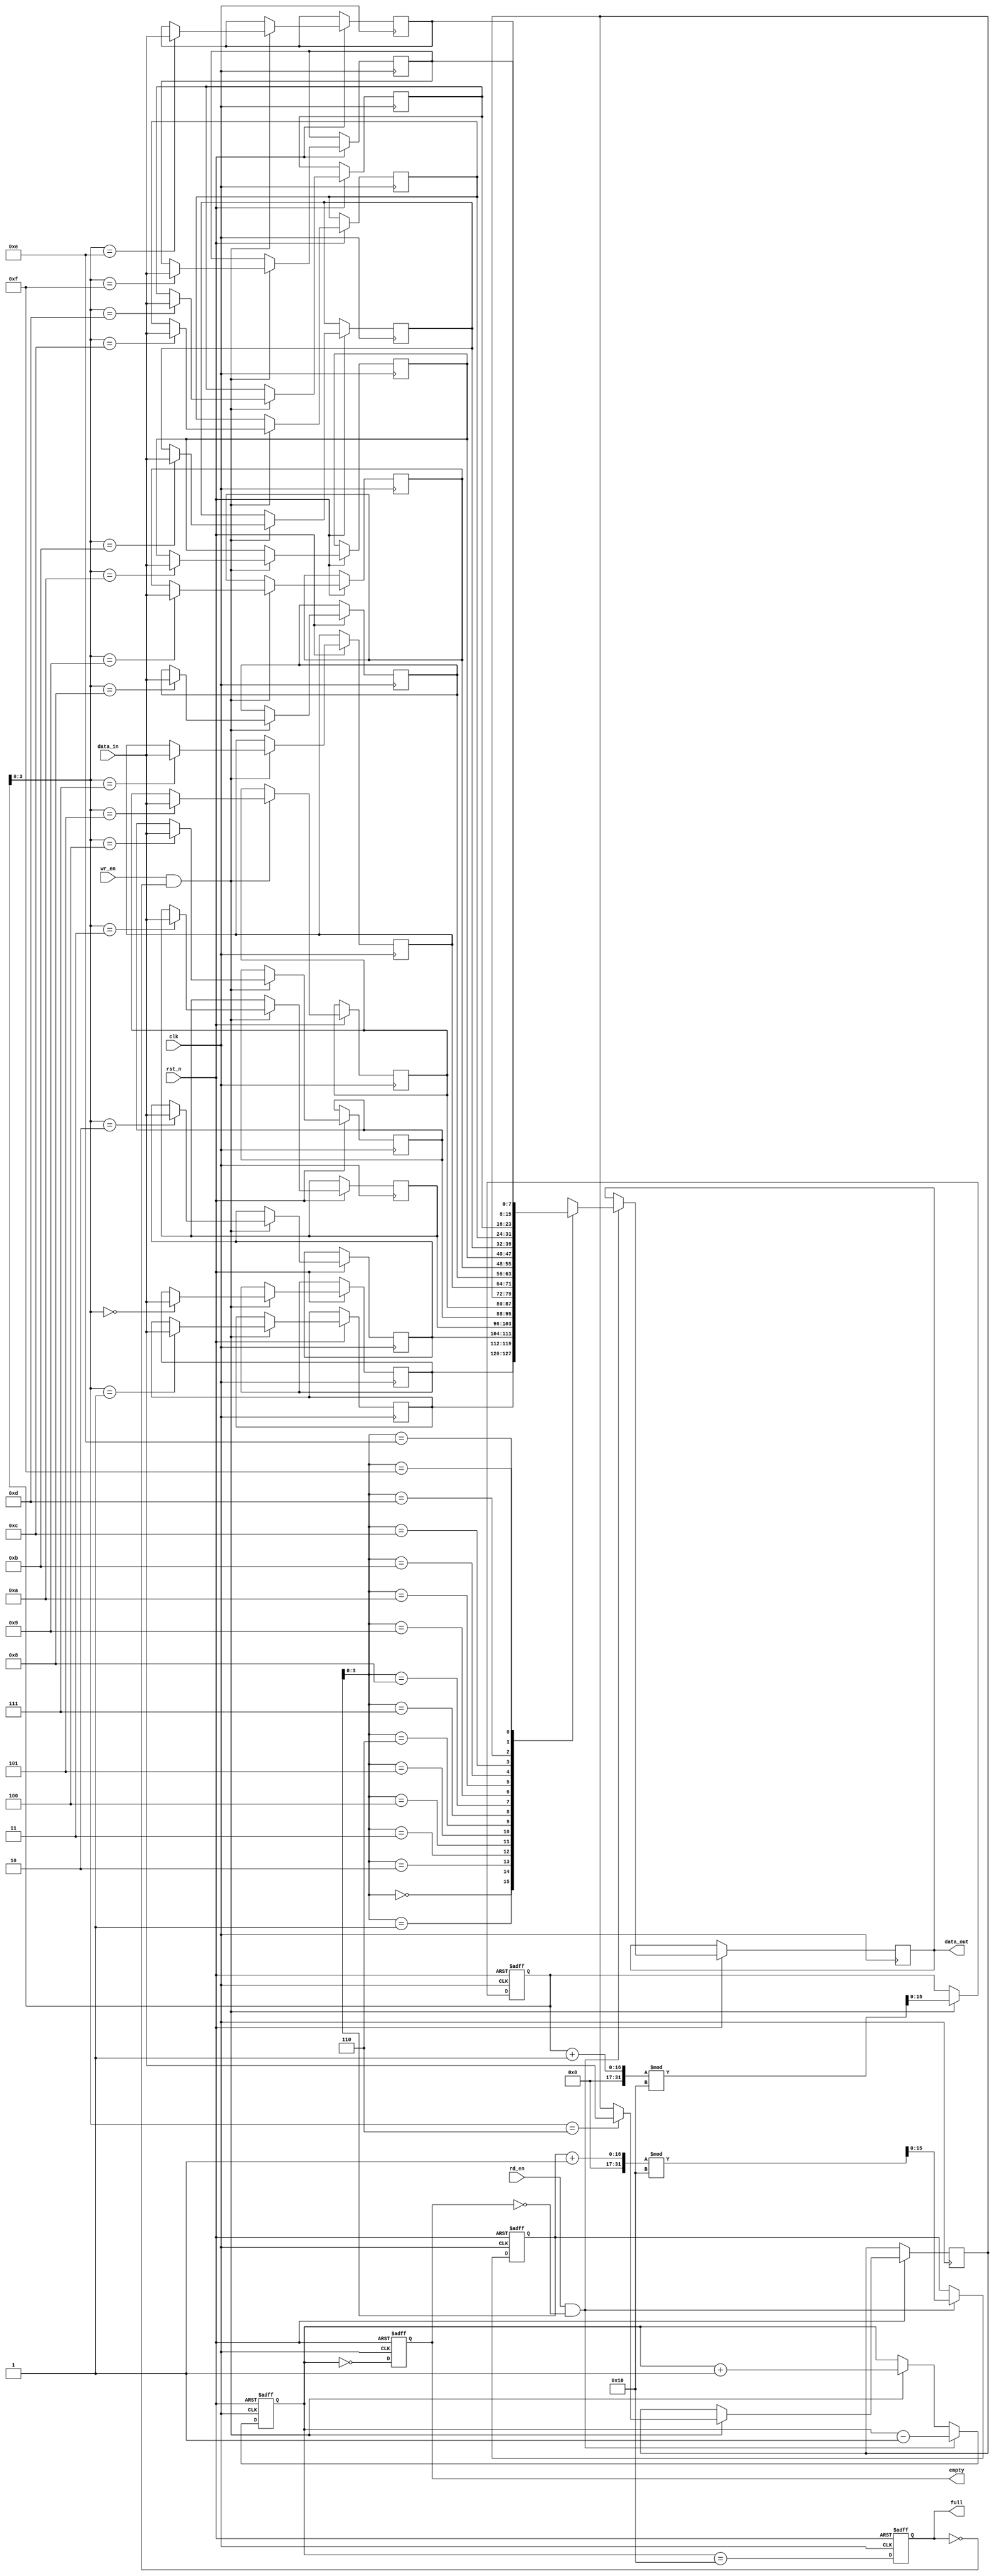
module fifo_sram #(parameter N = 16, // Depth of FIFO
                    parameter M = 8)  // Width of each entry
(
    input wire clk,              // Clock signal
    input wire rst_n,            // Asynchronous reset (active low)
    input wire wr_en,            // Write enable
    input wire rd_en,            // Read enable
    input wire [M-1:0] data_in,  // Data input
    output reg [M-1:0] data_out,  // Data output
    output reg full,             // Full flag
    output reg empty             // Empty flag
);

    // Memory array
    reg [M-1:0] mem [0:N-1]; // N entries of M bits each

    // Pointers
    reg [N-1:0] wr_ptr; // Write pointer
    reg [N-1:0] rd_ptr; // Read pointer
    reg [N:0] count;    // Number of entries in FIFO

    // Asynchronous reset
    always @(posedge clk or negedge rst_n) begin
        if (!rst_n) begin
            wr_ptr <= 0;
            rd_ptr <= 0;
            count <= 0;
            full <= 0;
            empty <= 1;
        end else begin
            // Write operation
            if (wr_en && !full) begin
                mem[wr_ptr] <= data_in; // Write data to memory
                wr_ptr <= (wr_ptr + 1) % N; // Increment and wrap write pointer
                count <= count + 1; // Increment count
            end

            // Read operation
            if (rd_en && !empty) begin
                data_out <= mem[rd_ptr]; // Read data from memory
                rd_ptr <= (rd_ptr + 1) % N; // Increment and wrap read pointer
                count <= count - 1; // Decrement count
            end

            // Update full and empty flags
            full <= (count == N);
            empty <= (count == 0);
        end
    end

endmodule